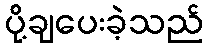
ပို့ချပေးခဲ့သည်